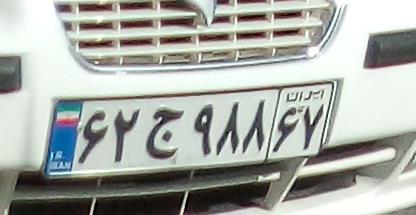
۶۲ج۹۸۸۶۷